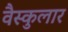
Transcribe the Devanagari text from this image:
वैस्कुलार